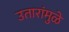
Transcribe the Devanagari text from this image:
उतारांमुळे